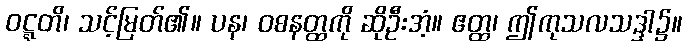
ဝဋ္ဋတိ၊ သင့်မြတ်၏။ ပန၊ ဝစနတ္ထကို ဆိုဦးအံ့။ ဧတ္ထ၊ ဤကုသလသဒ္ဒါ၌။